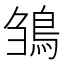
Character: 𩿿